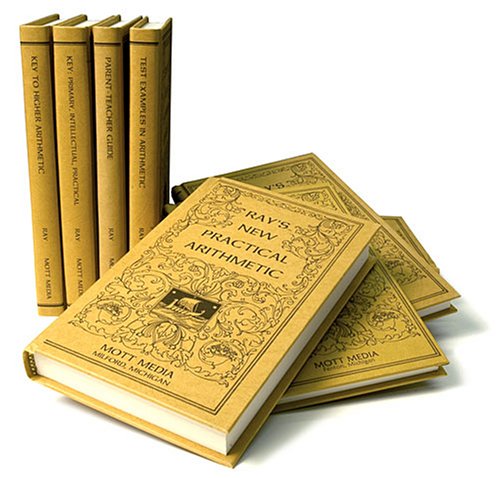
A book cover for Rays Arithmetic Series (8 Volume Set); Joseph Ray; Science & Math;